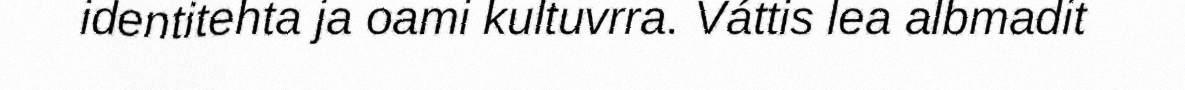
identitehta ja oami kultuvrra. Váttis lea albmadit